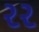
રર